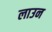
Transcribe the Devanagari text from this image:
लाउन